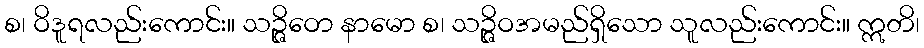
စ၊ ဝိဒူရလည်းကောင်း။ သဉ္ဇိဝော နာမော စ၊ သဉ္ဇိဝအမည်ရှိသော သူလည်းကောင်း။ ဣတိ၊